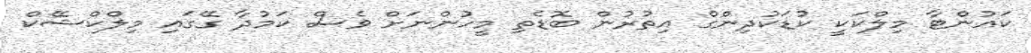
ކައުންޓާ މިލްކަކީ ކުޑަކުދިންގް އިތުރުން ބޮޑެތި މީހުންނަށް ވެސް ކަމުދާ ގޭގައި މިލްކްޝޭކް